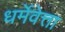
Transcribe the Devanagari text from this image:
धर्मेवेत्ता